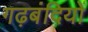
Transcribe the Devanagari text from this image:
गढ़बंदियों